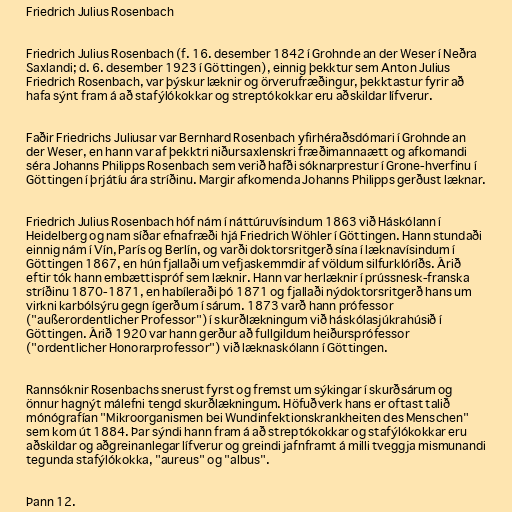
Friedrich Julius Rosenbach

Friedrich Julius Rosenbach (f. 16. desember 1842 í Grohnde an der Weser í Neðra
Saxlandi; d. 6. desember 1923 í Göttingen), einnig þekktur sem Anton Julius
Friedrich Rosenbach, var þýskur læknir og örverufræðingur, þekktastur fyrir að
hafa sýnt fram á að stafýlókokkar og streptókokkar eru aðskildar lífverur.

Faðir Friedrichs Juliusar var Bernhard Rosenbach yfirhéraðsdómari í Grohnde an
der Weser, en hann var af þekktri niðursaxlenskri fræðimannaætt og afkomandi
séra Johanns Philipps Rosenbach sem verið hafði sóknarprestur í Grone-hverfinu í
Göttingen í þrjátíu ára stríðinu. Margir afkomenda Johanns Philipps gerðust læknar.

Friedrich Julius Rosenbach hóf nám í náttúruvísindum 1863 við Háskólann í
Heidelberg og nam síðar efnafræði hjá Friedrich Wöhler í Göttingen. Hann stundaði
einnig nám í Vín, París og Berlín, og varði doktorsritgerð sína í læknavísindum í
Göttingen 1867, en hún fjallaði um vefjaskemmdir af völdum silfurklóríðs. Árið
eftir tók hann embættispróf sem læknir. Hann var herlæknir í prússnesk-franska
stríðinu 1870-1871, en habíleraði þó 1871 og fjallaði nýdoktorsritgerð hans um
virkni karbólsýru gegn ígerðum í sárum. 1873 varð hann prófessor
("außerordentlicher Professor") í skurðlækningum við háskólasjúkrahúsið í
Göttingen. Árið 1920 var hann gerður að fullgildum heiðursprófessor
("ordentlicher Honorarprofessor") við læknaskólann í Göttingen.

Rannsóknir Rosenbachs snerust fyrst og fremst um sýkingar í skurðsárum og
önnur hagnýt málefni tengd skurðlækningum. Höfuðverk hans er oftast talið
mónógrafían "Mikroorganismen bei Wundinfektionskrankheiten des Menschen"
sem kom út 1884. Þar sýndi hann fram á að streptókokkar og stafýlókokkar eru
aðskildar og aðgreinanlegar lífverur og greindi jafnframt á milli tveggja mismunandi
tegunda stafýlókokka, "aureus" og "albus".

Þann 12.